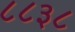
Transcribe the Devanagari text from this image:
८८३८